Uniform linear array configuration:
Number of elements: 4
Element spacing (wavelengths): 0.25
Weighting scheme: hamming
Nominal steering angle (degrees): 45
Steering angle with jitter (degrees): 44.39
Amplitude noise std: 0.05
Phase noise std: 0.05

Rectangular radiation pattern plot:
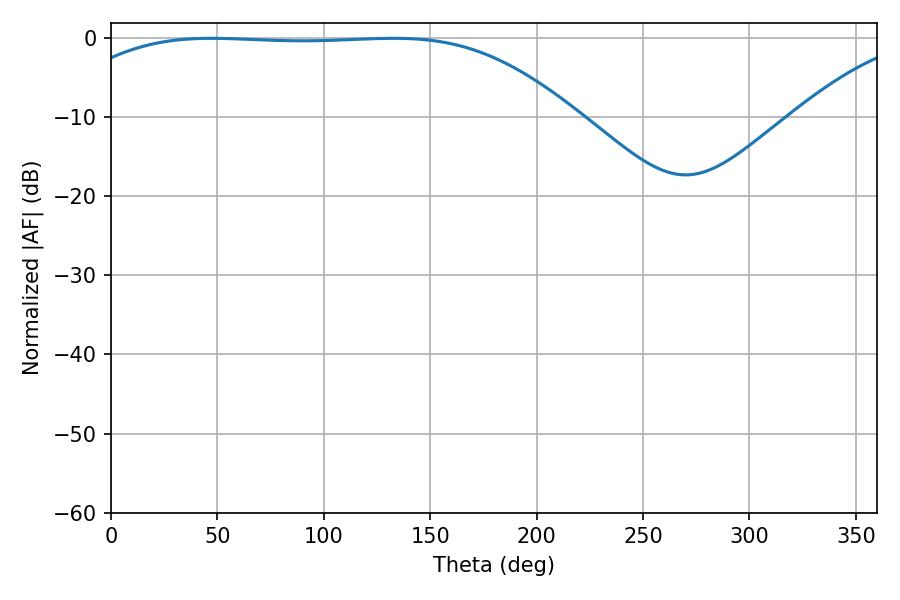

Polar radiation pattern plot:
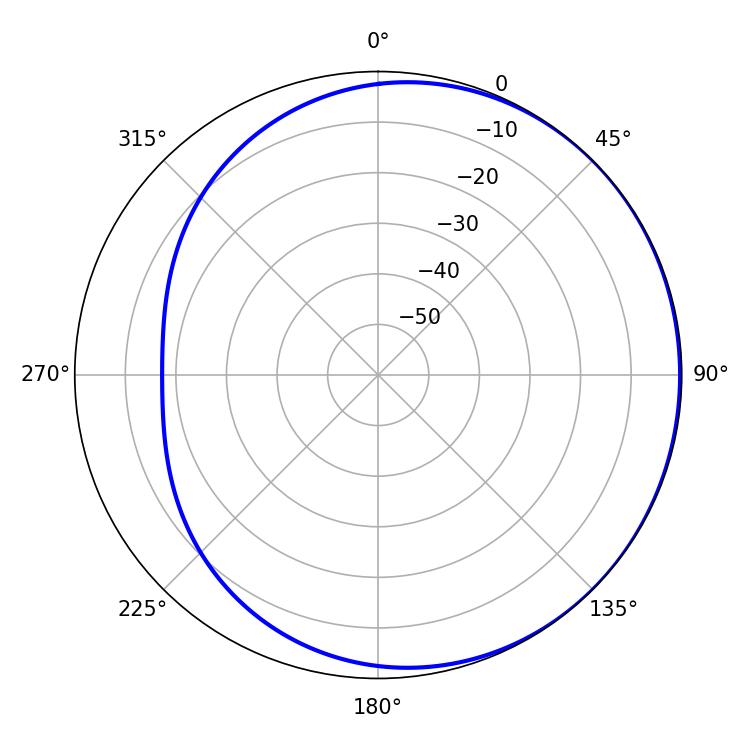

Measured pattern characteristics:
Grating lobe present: FALSE
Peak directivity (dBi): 0.6448
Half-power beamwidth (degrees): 184.32
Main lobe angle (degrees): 47.16